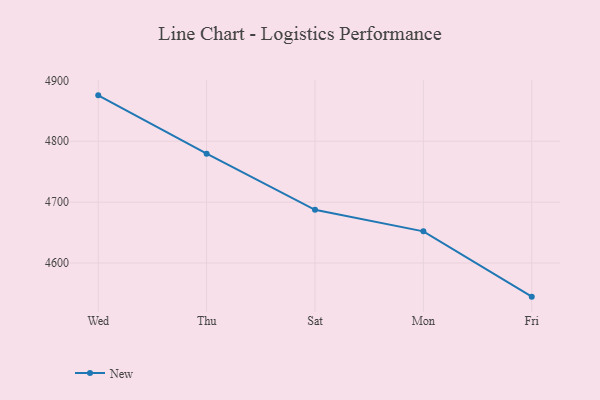
{"axis": {"x": "Day", "y": "Headcount"}, "legend": ["New"], "data": [{"x": "Wed", "y": 4875.4, "type": "New"}, {"x": "Thu", "y": 4779.6, "type": "New"}, {"x": "Sat", "y": 4687.4, "type": "New"}, {"x": "Mon", "y": 4652.0, "type": "New"}, {"x": "Fri", "y": 4544.7, "type": "New"}]}